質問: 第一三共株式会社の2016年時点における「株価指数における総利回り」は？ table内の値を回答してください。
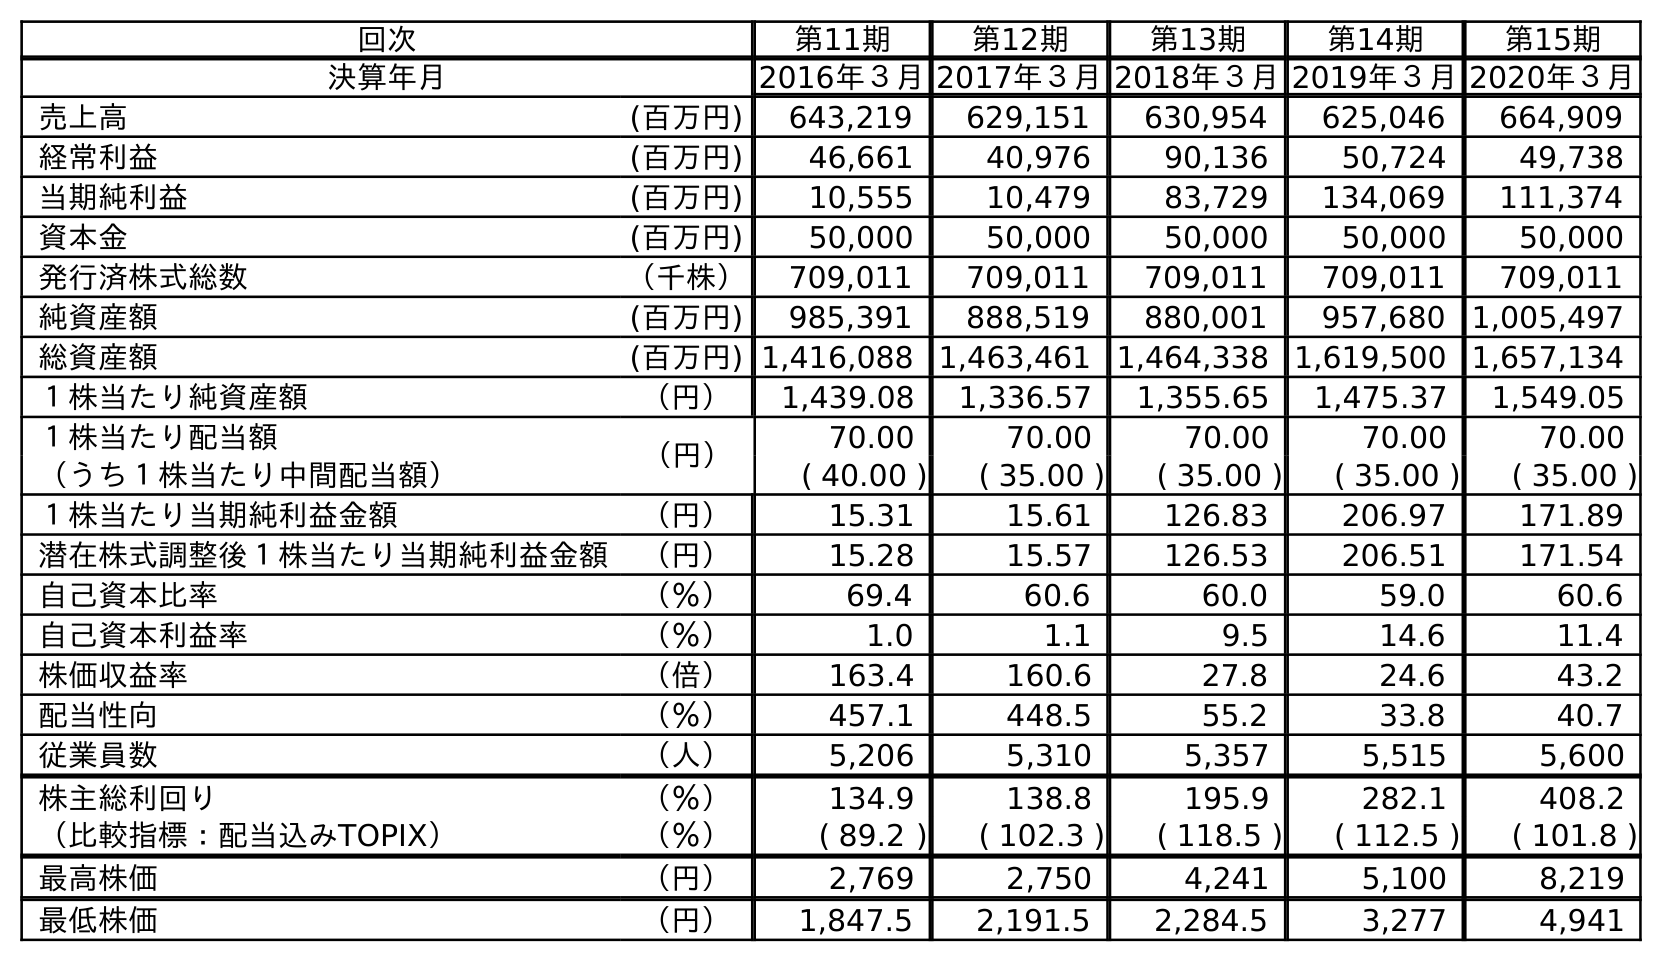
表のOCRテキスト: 回次 第11期 第12期 第13期 第14期 第15期 決算年月 2016年３月2017年３月2018年３月2019年３月2020年３月 売上高 (百万円) 643,219 629,151 630,954 625,046 664,909 経常利益 (百万円) 46,661 40,976 90,136 50,724 49,738 当期純利益 (百万円) 10,555 10,479 83,729 134,069 111,374 資本金 (百万円) 50,000 50,000 50,000 50,000 50,000 発行済株式総数 （千株） 709,011 709,011 709,011 709,011 709,011 純資産額 (百万円) 985,391 888,519 880,001 957,680 1,005,497 総資産額 (百万円) 1,416,088 1,463,461 1,464,338 1,619,500 1,657,134 １株当たり純資産額 （円） 1,439.08 1,336.57 1,355.65 1,475.37 1,549.05 １株当たり配当額 （円） 70.00 70.00 70.00 70.00 70.00 （うち１株当たり中間配当額） ( 40.00 ) ( 35.00 ) ( 35.00 ) ( 35.00 ) ( 35.00 ) １株当たり当期純利益金額 （円） 15.31 15.61 126.83 206.97 171.89 潜在株式調整後１株当たり当期純利益金額 （円） 15.28 15.57 126.53 206.51 171.54 自己資本比率 （％） 69.4 60.6 60.0 59.0 60.6 自己資本利益率 （％） 1.0 1.1 9.5 14.6 11.4 株価収益率 （倍） 163.4 160.6 27.8 24.6 43.2 配当性向 （％） 457.1 448.5 55.2 33.8 40.7 従業員数 （人） 5,206 5,310 5,357 5,515 5,600 株主総利回り （％） 134.9 138.8 195.9 282.1 408.2 （比較指標：配当込みTOPIX） （％） ( 89.2 ) ( 102.3 ) ( 118.5 ) ( 112.5 ) ( 101.8 ) 最高株価 （円） 2,769 2,750 4,241 5,100 8,219 最低株価 （円） 1,847.5 2,191.5 2,284.5 3,277 4,941
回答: (89.2)